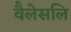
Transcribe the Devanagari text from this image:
वैलेसलि